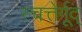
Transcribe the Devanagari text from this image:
स्चत्तेर्गूद्